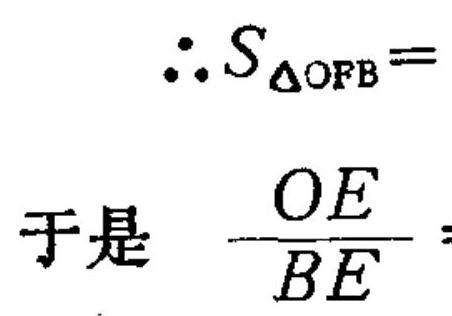
\(\therefore S_{\triangle OFB}=\)
于是 \(\frac{OE}{BE}\)